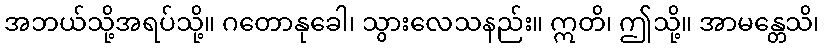
အဘယ်သို့အရပ်သို့။ ဂတောနုခေါ၊ သွားလေသနည်း။ ဣတိ၊ ဤသို့။ အာမန္တေသိ၊